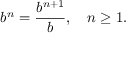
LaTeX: b ^ { n } = { \frac { b ^ { n + 1 } } { b } } , \quad n \geq 1 .